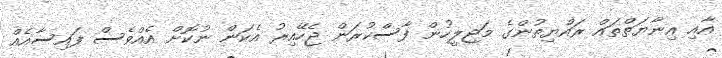
އާއި އިނާޔަތްތައް ރައްޔިތުންގެ މަޖިލީހުން ފާސްކުރަން ޖެހޭއިރު އެކަން ނުކޮށް އެއްވެސް ފައިސާއެއް